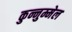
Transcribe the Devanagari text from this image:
कुन्नुम्मेल